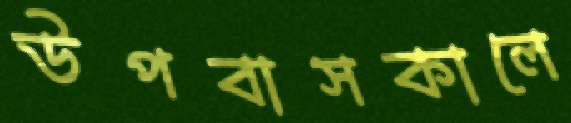
উপবাসকালে